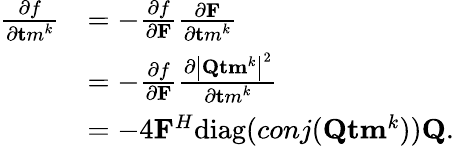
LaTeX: \begin{array}{rl}{{\frac{\partial f}{\partial{\mathbf tm}^{k}}}}&{=-{\frac{\partial f}{\partial{\mathbf F}}}{\frac{\partial{\mathbf F}}{\partial{\mathbf tm}^{k}}}}\\ &{=-{\frac{\partial f}{\partial{\mathbf F}}}{\frac{\partial\left|{\mathbf{Q}}{\mathbf{tm}}^{k}\right|^{2}}{\partial{\mathbf tm}^{k}}}}\\ &{=-4{\mathbf F}^{H}\mathrm{diag}(conj({\mathbf{Q}}{\mathbf{tm}}^{k})){\mathbf{Q}}.}\end{array}